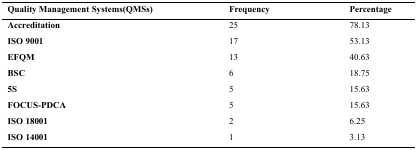
<table><thead><tr><td><b>Quality Management Systems(QMSs)</b></td><td><b>Frequency</b></td><td><b>Percentage</b></td></tr></thead><tbody><tr><td><b>Accreditation</b></td><td>25</td><td>78.13</td></tr><tr><td><b>ISO 9001</b></td><td>17</td><td>53.13</td></tr><tr><td><b>EFQM</b></td><td>13</td><td>40.63</td></tr><tr><td><b>BSC</b></td><td>6</td><td>18.75</td></tr><tr><td><b>5S</b></td><td>5</td><td>15.63</td></tr><tr><td><b>FOCUS-PDCA</b></td><td>5</td><td>15.63</td></tr><tr><td><b>ISO 18001</b></td><td>2</td><td>6.25</td></tr><tr><td><b>ISO 14001</b></td><td>1</td><td>3.13</td></tr></tbody></table>